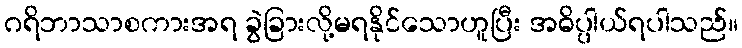
ဂရိဘာသာစကားအရ ခွဲခြားလို့မရနိုင်သောဟူပြီး အဓိပ္ပါယ်ရပါသည်။